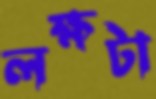
লক্ষটা